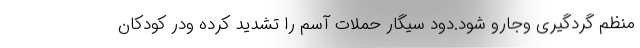
منظم گردگیری وجارو شود.دود سیگار حملات آسم را تشدید کرده ودر کودکان